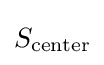
S_{\textrm {center}}